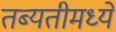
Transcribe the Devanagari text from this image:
तब्यतीमध्ये